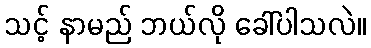
သင့် နာမည် ဘယ်လို ခေါ်ပါသလဲ။